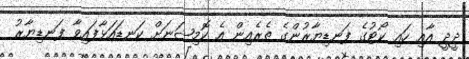
ދީދީ އާއި ހައި ކޯޓުގެ ފަނޑިޔާރުންގެ ތެރެއިން އެ ކޮމިޝަނަށް ކަނޑައަޅާފައިވާ ފަނޑިޔާރު